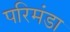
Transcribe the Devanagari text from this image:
परिमंडा